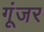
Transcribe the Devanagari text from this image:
गूंजर